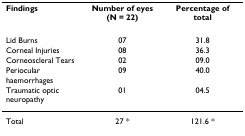
<table><thead><tr><td><b>Findings</b></td><td><b>Number of eyes (N = 22)</b></td><td><b>Percentage of total</b></td></tr></thead><tbody><tr><td>Lid Burns</td><td>07</td><td>31.8</td></tr><tr><td>Corneal Injuries</td><td>08</td><td>36.3</td></tr><tr><td>Corneoscleral Tears</td><td>02</td><td>09.0</td></tr><tr><td>Periocular haemorrhages</td><td>09</td><td>40.0</td></tr><tr><td>Traumatic optic neuropathy</td><td>01</td><td>04.5</td></tr><tr><td>Total</td><td>27 *</td><td>121.6 *</td></tr></tbody></table>